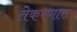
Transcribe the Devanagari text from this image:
तेकरणारा